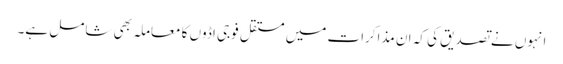
انہوں نے تصدیق کی کہ ان مذاکرات میں مستقل فوجی اڈوں کا معاملہ بھی شامل ہے۔